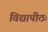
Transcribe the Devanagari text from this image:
विद्यापीठः